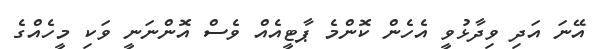
އޭނަ އަދި ވިދާޅުވީ އެހެން ކޮންމެ ޕާޓީއެއް ވެސް އޮންނަނީ ވަކި މީހެއްގެ